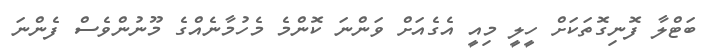
ބަޓްލާ ފޮނިގޮތަކަށް ހީލީ މިއީ އެގެއަށް ވަންނަ ކޮންމެ މެހުމާނެއްގެ މޫނުންވެސް ފެންނަ